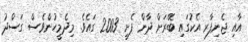
އާއި ޖެނިފާރ އެކުގައި ބޭރަށް ދާން ފެށީ 2003 ގައެވެ. މިދެމީހުންވެސް ގަސްދު